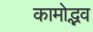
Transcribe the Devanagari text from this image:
कामोद्भव